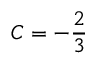
C = - { \frac { 2 } { 3 } }